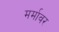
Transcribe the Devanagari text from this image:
मर्मावर